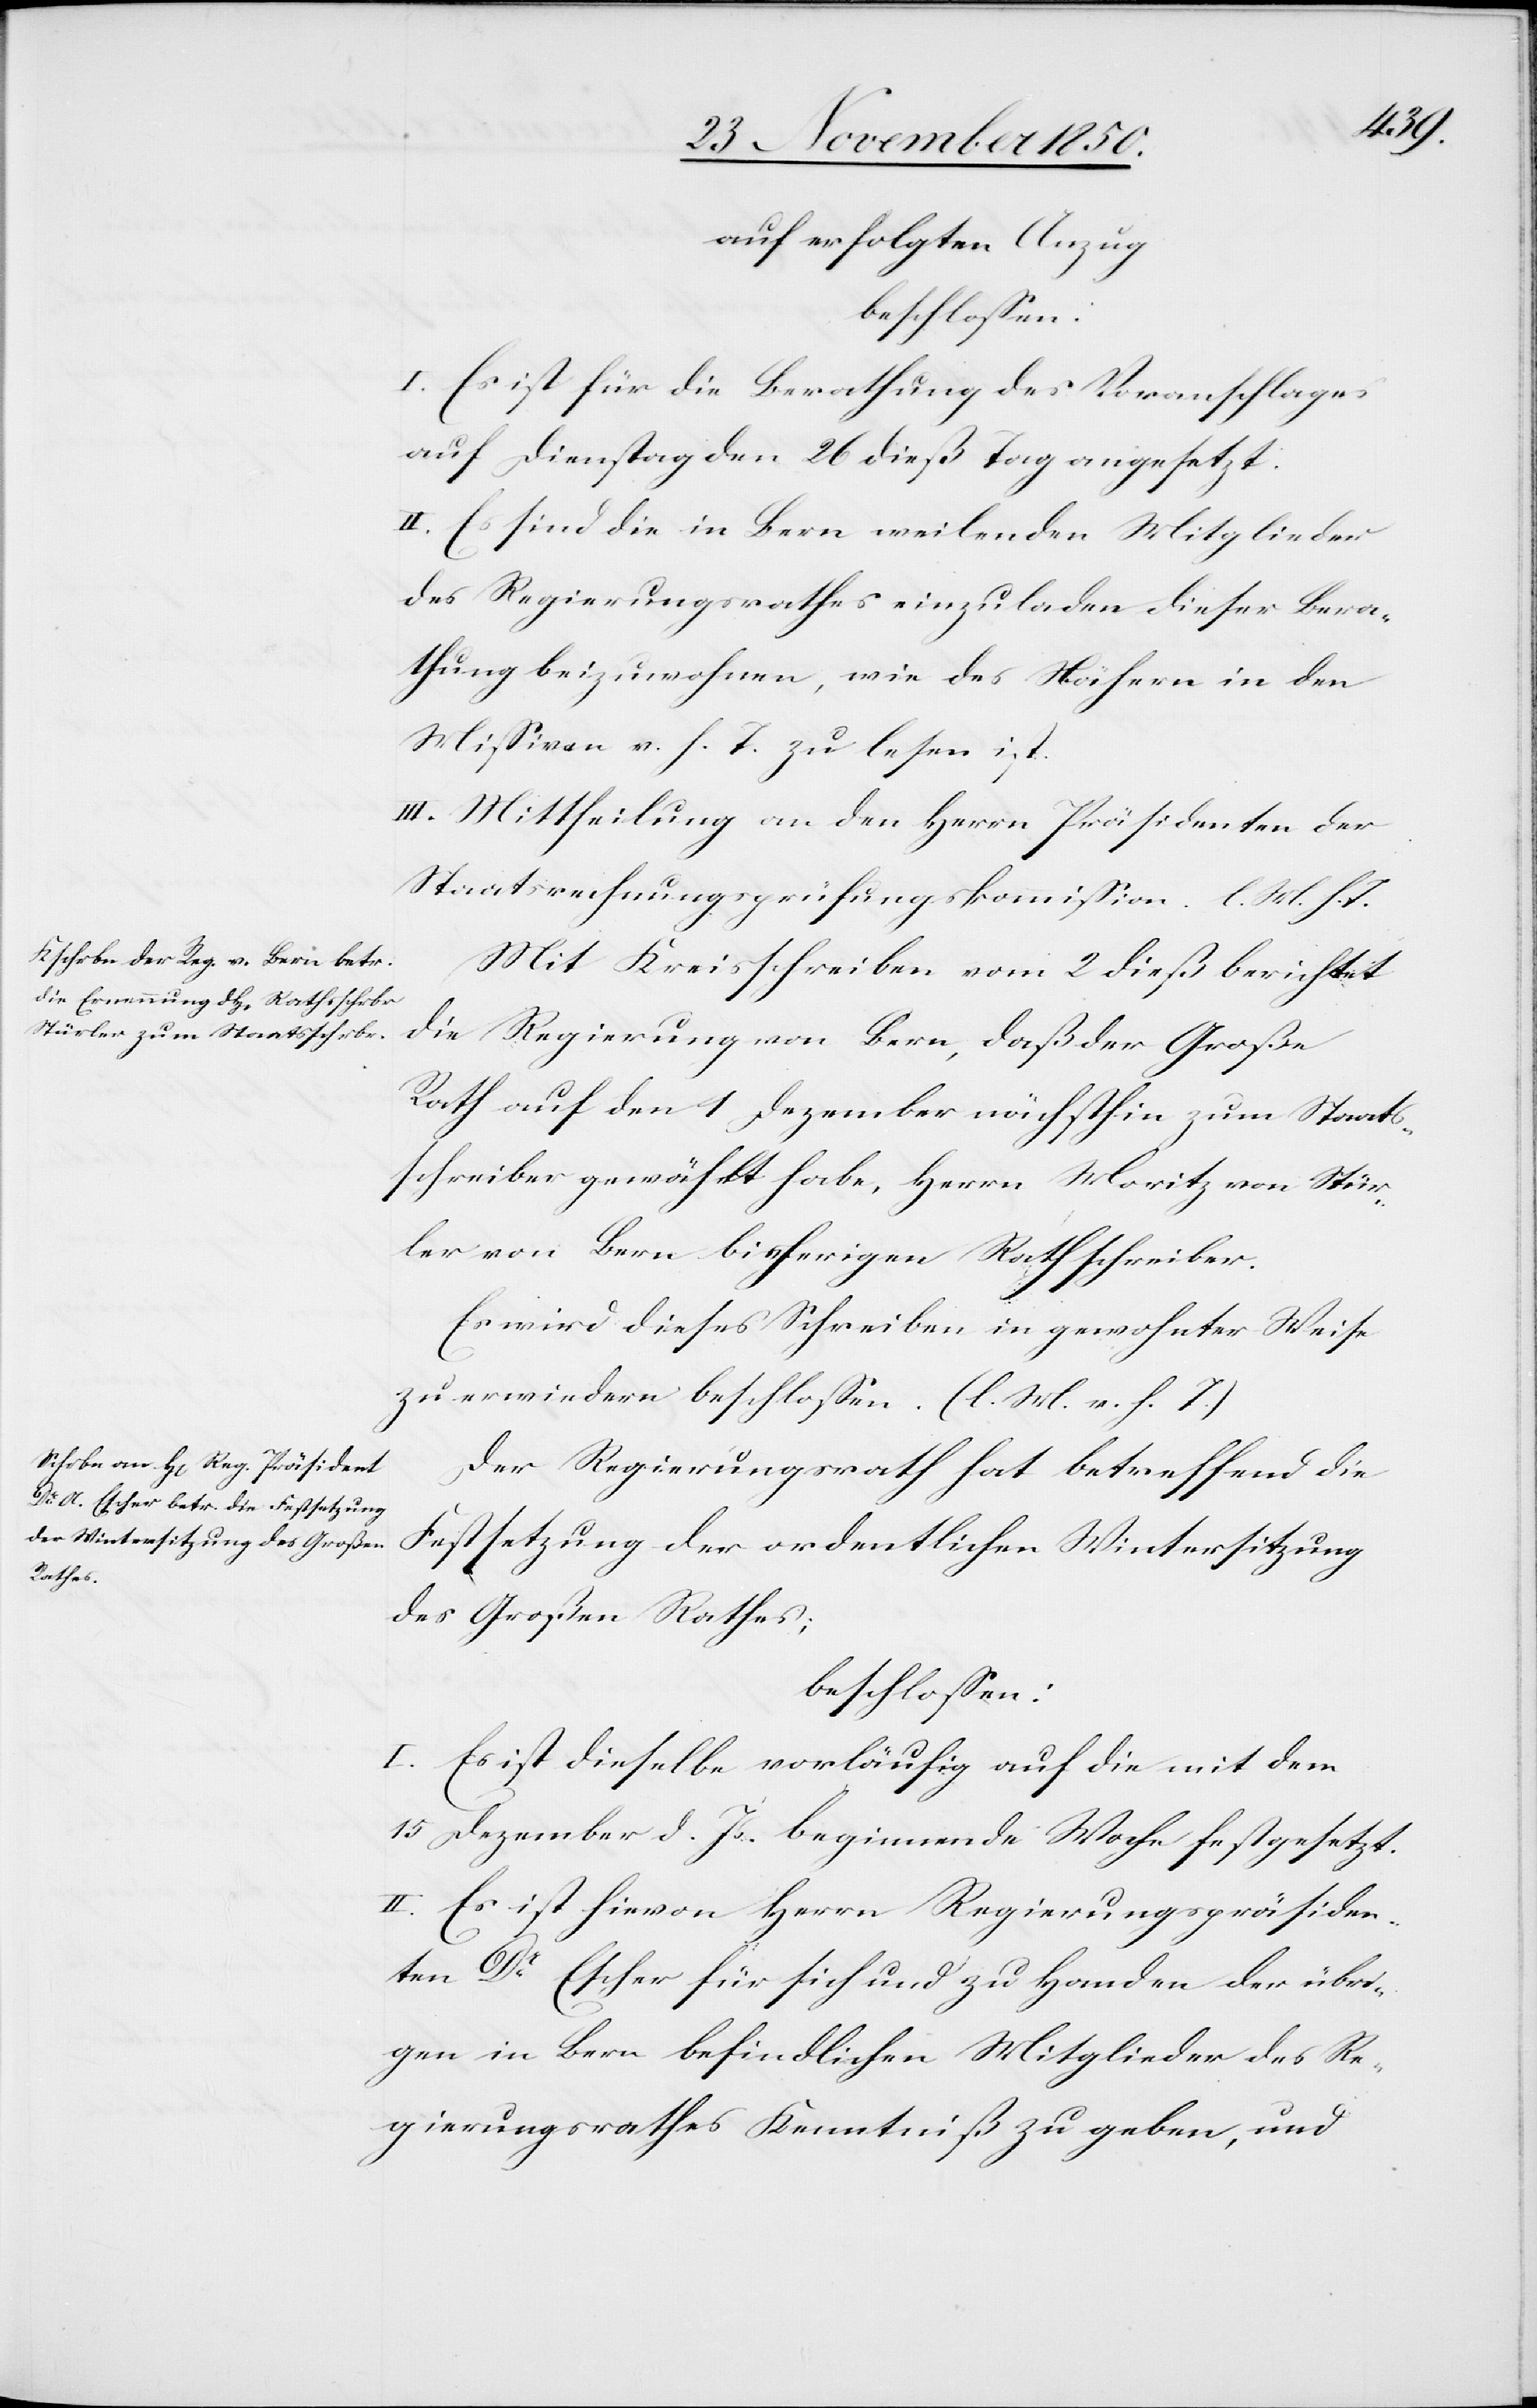
auf erfolgten Anzug
beschlossen:
I. Es ist für die Berathung des Voranschlages
auf Dienstag den 26 dieß Tag angesetzt.
II. Es sind die in Bern weilenden Mitglieder
des Regierungsrathes einzuladen dieser Bera¬
thung beizuwohnen, wie des Nähern in den
Missiven v. h. T. zu lesen ist.
III. Mittheilung an den Herrn Präsidenten der
Staatsrechnungsprüfungskommission. l. M. h. T.
Mit Kreisschreiben vom 2 dieß berichtet
die Regierung von Bern, daß der Große
Rath auf den 1 Dezember nächsthin zum Staats¬
schreiber gewählt habe, Herrn Moritz von Stür¬
ler von Bern bisherigen Rathschreiber.
Es wird dieses Schreiben in gewohnter Weise
zu erwiedern beschlossen. (l. M. v. h. T.)
Der Regierungsrath hat betreffend die
Festsetzung der ordentlichen Wintersitzung
des Großen Rathes;
beschlossen:
I. Es ist dieselbe vorläufig auf die mit dem
15 Dezember d. Js. beginnende Woche festgesetzt.
II. Es ist hievon Herrn Regierungspräsiden¬
t Dr Escher für sich und zu Handen der übri¬
gen in Bern befindlichen Mitglieder des Re¬
gierungsrathes Kenntniß zu geben, und